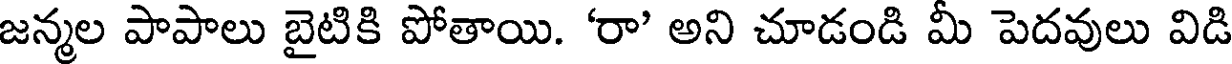
జన్మల పాపాలు బైటికి పోతాయి. 'రా' అని చూడండి మీ పెదవులు విడి